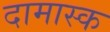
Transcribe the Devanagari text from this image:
दामास्क